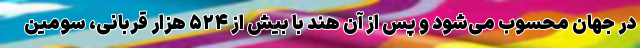
در جهان محسوب می‌شود و پس از آن هند با بیش از ۵۲۴ هزار قربانی، سومین